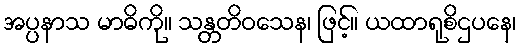
အပ္ပနာသ မာဓိကို။ သန္တတိဝသေန၊ ဖြင့်။ ယထာရုစိဌပနေ၊